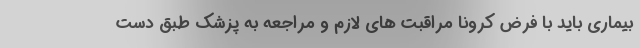
بیماری باید با فرض کرونا مراقبت های لازم و مراجعه به پزشک طبق دست